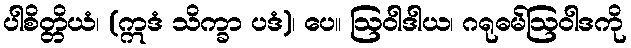
ပါစိတ္တိယံ၊ (ဣဒံ သိက္ခာ ပဒံ)၊ ပေ။ ဩဝါဒါယ၊ ဂရုဓမ်ဩဝါဒကို